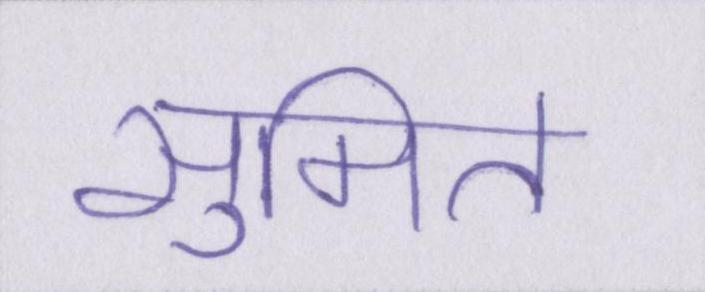
सुमित